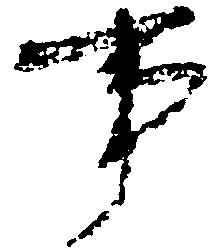
事